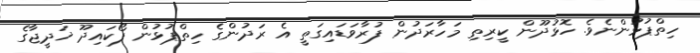
ހިތްޕުޅުންނެވެ. ހޮޅުދޫން ކީރިތި މަހާރަދުން ފުރާވަޑައިގަތީ އެ ރަދުންގެ ހިތްޕުޅުން ފޯކައިދޫ ޚަދީޖާގެ